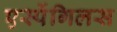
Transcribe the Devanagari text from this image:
एर्स्पेगिलस